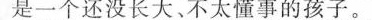
是一个还没长大、不太懂事的孩子。